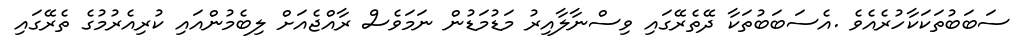
ސަބަބުތަކަކާހުރެއެވެ .އެސަބަބުތަކާ ދޭތެރޭގައި ވިސްނާލާއިރު މަޑުމަޑުން ނަމަވެސް ރާއްޖެއަށް ލިބެމުންއައި ކުރިއެރުމުގެ ތެރޭގައި